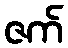
ဇက်